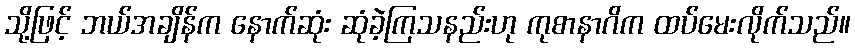
သို့ဖြင့် ဘယ်အချိန်က နောက်ဆုံး ဆုံခဲ့ကြသနည်းဟု ကုစာနာဂိက ထပ်မေးလိုက်သည်။